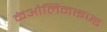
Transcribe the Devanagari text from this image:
केओलिनाइज्ड